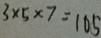
3 \times 5 \times 7 = 1 0 5